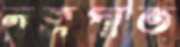
নত্রপাত